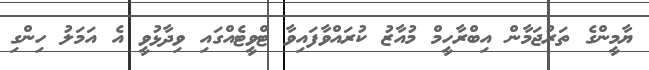
ޔާމީންގެ ތަރުޖަމާން އިބްރާހީމް މުއާޒު ކުރައްވާފައިވާ ޓްވީޓެއްގައި ވިދާޅުވީ އެ އަމަލު ހިންގި